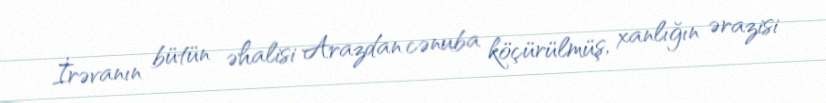
İrəvanın bütün əhalisi Arazdan cənuba köçürülmüş, xanlığın ərazisi